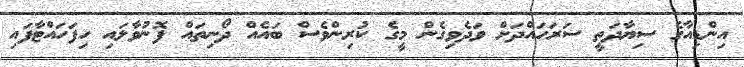
އިންޑިއާގެ ސިޔާދަތީ ސަރަހައްދަށް ވަދެވިގެން މީގެ ކުރިންވެސް ބައެއް ދޯނިތައް ފޮނުވާލައި ހިފަހައްޓާފައި